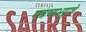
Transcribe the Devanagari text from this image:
नन्नय्यभट्टाचे